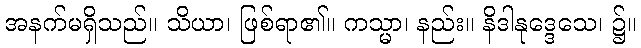
အနက်မရှိသည်။ သိယာ၊ ဖြစ်ရာ၏။ ကသ္မာ၊ နည်း။ နိဒါနုဒ္ဒေသေ၊ ၌။